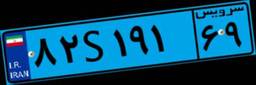
۸۲S۱۹۱۶۹